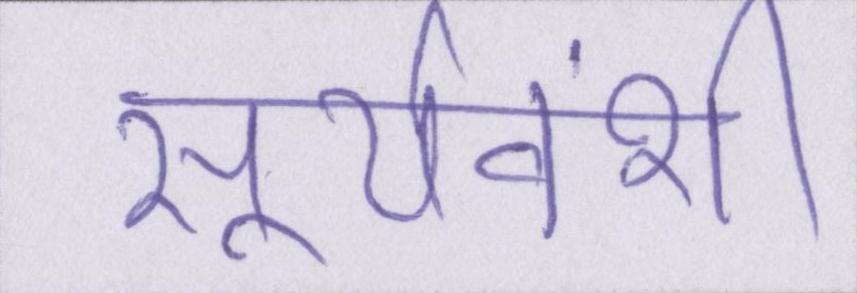
सूर्यवंशी